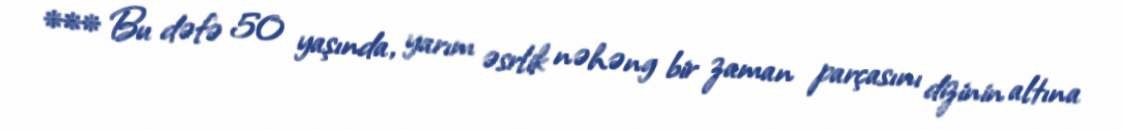
*** Bu dəfə 50 yaşında, yarım əsrlik nəhəng bir zaman parçasını dizinin altına